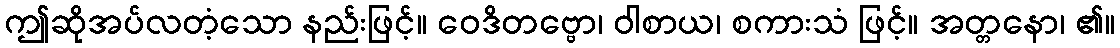
ဤဆိုအပ်လတံ့သော နည်းဖြင့်။ ဝေဒိတဗ္ဗော၊ ဝါစာယ၊ စကားသံ ဖြင့်။ အတ္တနော၊ ၏။